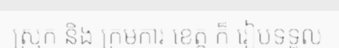
ស្រុក និង ក្រមការ ខេត្ត ក៏ រៀបទទួល